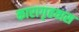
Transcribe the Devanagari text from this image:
कारागृहवास